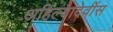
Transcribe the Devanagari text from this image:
अहिल्यादेवींस